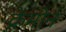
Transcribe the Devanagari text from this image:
क्रेमोर्न